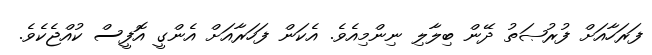
ފަރަހާއަށް ފުރުޞަތު ދޭން ބިލާލި ނިންމިއެވެ. އެކަން ފަހަރާއަށް އެންގީ އޮފީސް ކުއްޖެކެވެ.